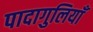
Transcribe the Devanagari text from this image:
पादागुलियाँ